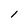
Character: l